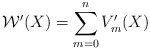
\begin{align*} \mathcal{W}'(X) = \sum_{m=0}^n V_m'(X)\end{align*}